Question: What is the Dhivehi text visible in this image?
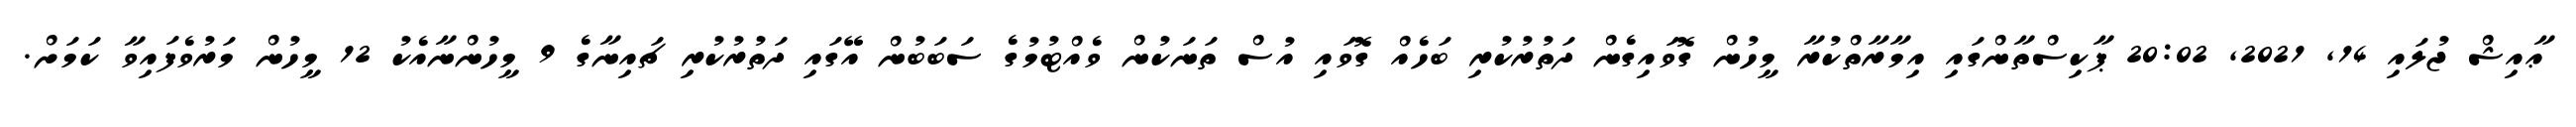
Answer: ޢާއިޝް ޖުލައި 14, 2021, 20:02 ޕާކިސްތާންގައި އިމާރާތްކުރާ މީހުން ގޮވައިގެން ދަތުރުކުރި ބަހެއް ގޮވައި އުސް ތަނަކުން ވެއްޓުމުގެ ސަބަބުން އޭގައި ދަތުރުކުރި ޗައިނާގެ 9 މީހުންނާއެކު 12 މީހުން މަރުވެފައިވާ ކަމަށް.